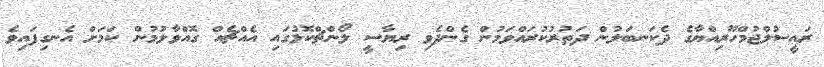
ރައީސުލްޖުމްހޫރިއްޔާގެ ދެކަނބަލުން ދަތުރުކުރައްވަމުން ގެންދެވި ރިޔާސީ ލޯންޗްކޮޅުގައި އެއްޗެއް ގޮއްވާލުމުން ކަމަށް އެނގިފައިވެ